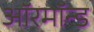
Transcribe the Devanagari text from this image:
ऑरमॉन्ड